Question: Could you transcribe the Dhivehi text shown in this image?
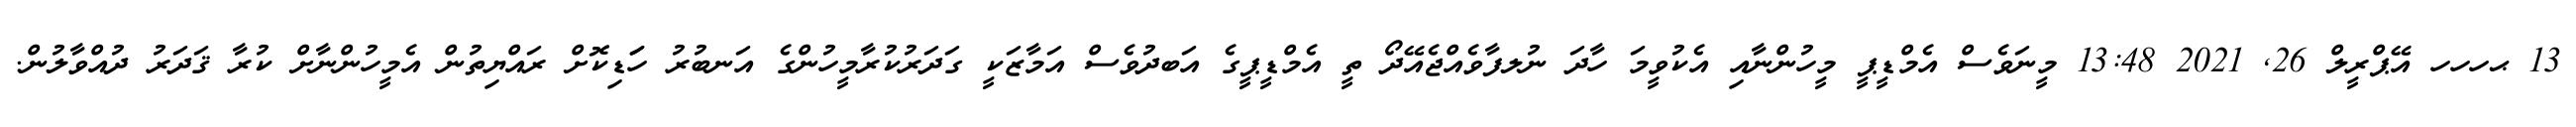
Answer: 13 ޙހހހ އޭޕްރީލް 26, 2021 13:48 މީނަވެސް އެމްޑީޕީ މީހުންނާއި އެކުވީމަ ހާދަ ނުލފާވެއްޖެއޭދޯ ތީ އެމްޑީޕީގެ އަބދުވެސް އަމާޒަކީ ގަދަރުކުރާމީހުންގެ އަނބުރު ހަަޑިކޮށް ރައްޔިތުން އެމީހުންނާށް ކުރާ ޤަދަރު ދުއްވާލުން.